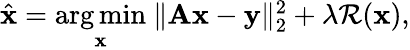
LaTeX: \begin{array}{r}{\hat{\mathbf{x}}=\underset{\mathbf{x}}{\arg\operatorname*{min}}~\| \mathbf A\mathbf{x}-\mathbf{y}\| _{2}^{2}+\lambda\mathcal{R}(\mathbf{x}),}\end{array}